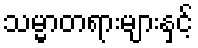
သမ္မာတရားများနှင့်